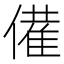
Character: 𬿡